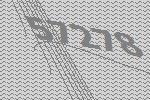
57278